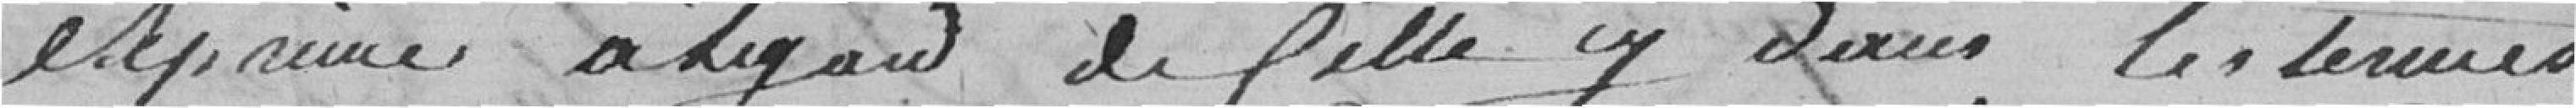
exprimé à l'égard de celle-ci, les termes